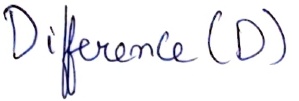
Text: Difference (D)